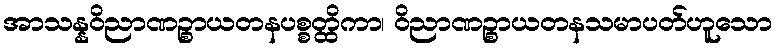
အာသန္နဝိညာဏဉ္စာယတနပစ္စတ္ထိကာ၊ ဝိညာဏဉ္စာယတနသမာပတ်ဟူသော